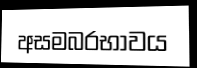
අසමබරභාවය